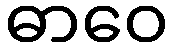
ဓာဝေ